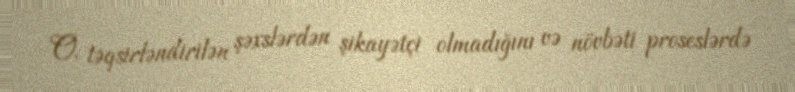
O, təqsirləndirilən şəxslərdən şikayətçi olmadığını və növbəti proseslərdə